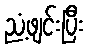
ညံ့ဖျင်းပြီး